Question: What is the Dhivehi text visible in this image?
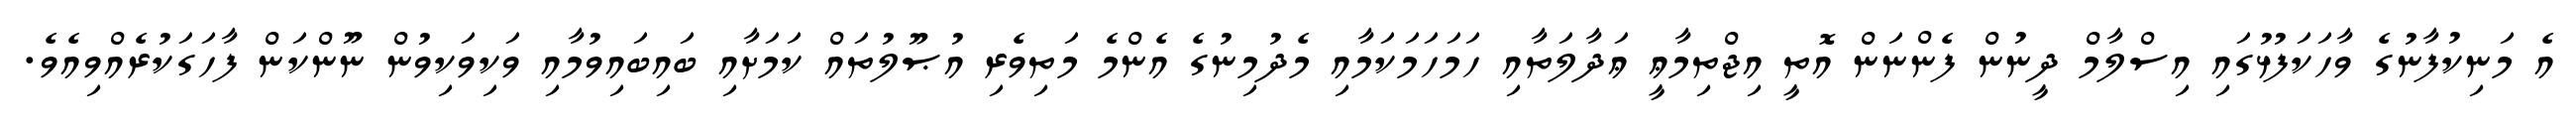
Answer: އެ މަނިކުފާނުގެ ވާހަކަފުޅުގައި އިސްލާމް ދީނުން ފެންނަން އޮތީ އިޖްތިމާޢީ ޢަދާލަތާއި ހަމަހަމަކަމާއި މެދުމިނުގެ އެންމެ މަތިވެރި އުޞޫލުތައް ކަމަށާއި ބައިބައިވުމާއި ވަކިވަކިވުން ނޫންކަން ފާހަގަކުރެއްވިއެވެ.